Civil Veterinary Dept. Assam report 1927-50 - 1927-1950
Year: 1927
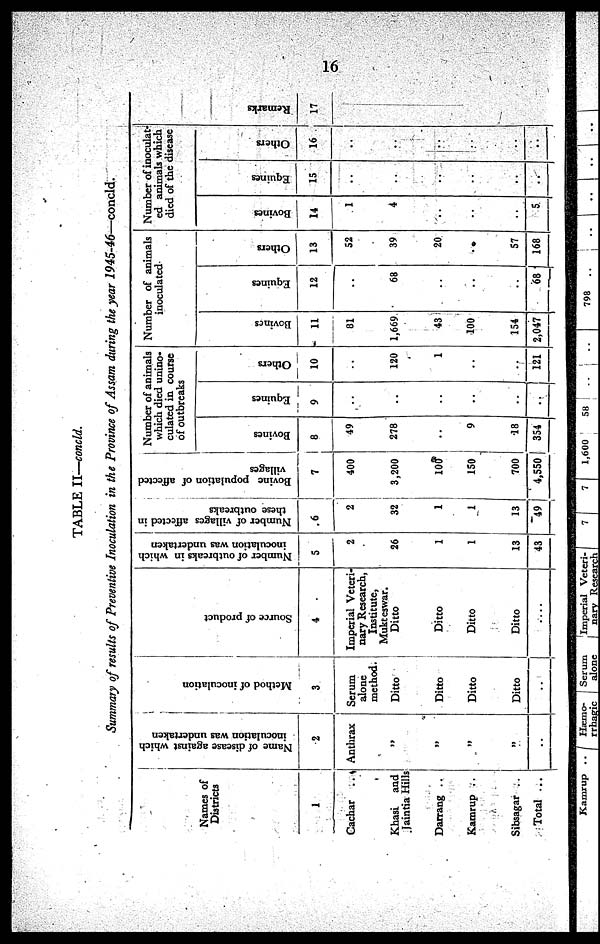
16
TABLE II—concld.
Summary of results of Preventive Inoculation in the Province of Assam during the year 1945-46—concld.
Names of
Districts
1
Cachar ..
Khasi and
Jaintia Hills
Darrang ..
Kamrup ..
Sibsagar ..
Total ...
Name of disease against which
inoculation was undertaken
2
Anthrax
„
„
„
„
..
Method of inoculation
3
Serum
alone
method.
Ditto
Ditto
Ditto
Ditto
..
Source of product
4
Imperial Veteri-
nary Research,
Institute,
Mukteswar.
Ditto
Ditto
Ditto
Ditto
....
Number of outbreaks in which
inoculation was undertaken
5
2
26
1
1
13
43
Number of villages affected in
these outbreaks
6
2
32
1
1
13
49
Bovine population of affected
villages
7
400
3,200
100
150
700
4,550
Number of animals
which died unino-
culated in course
of outbreaks
Bovines
8
49
278
..
9
18
354
Equines
9
..
..
..
..
..
..
Others
10
..
120
1
..
..
121
Number of animals
inoculated
Bovines
11
81
1,669
43
100
154
2,047
Equines
12
..
68
..
..
..
68
Others
13
52
39
20
..
57
168
Number of inoculat-
ed animals which
died of the disease
Bovines
14
1
4
..
..
..
5
Equines
15
..
..
..
..
..
..
Others
16
..
..
..
..
..
..
Remarks
17